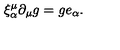
\xi _ { \alpha } ^ { \mu } \partial _ { \mu } g = g e _ { \alpha } .